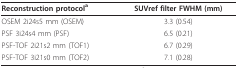
<table><thead><tr><td><b>Reconstruction protocol<sup>a</sup></b></td><td><b>SUVref filter FWHM (mm)</b></td></tr></thead><tbody><tr><td>OSEM 2i24s5 mm (OSEM)</td><td>3.3 (0.54)</td></tr><tr><td>PSF 3i24s4 mm (PSF)</td><td>6.5 (0.21)</td></tr><tr><td>PSF-TOF 2i21s2 mm (TOF1)</td><td>6.7 (0.29)</td></tr><tr><td>PSF-TOF 3i21s0 mm (TOF2)</td><td>7.1 (0.28)</td></tr></tbody></table>